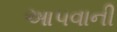
આ૫વાની